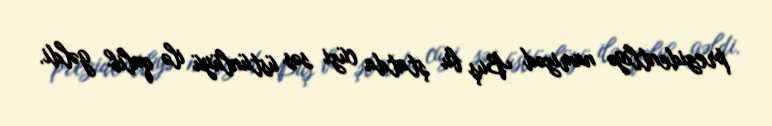
prezidentliyə namizəd Buş bu ştatda cüzi səs üstünlüyü ilə qalib gəldi.